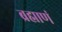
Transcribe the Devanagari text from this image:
ब्रह्माणं